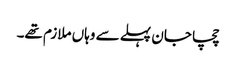
چچا جان پہلے سے وہاں ملازم تھے۔